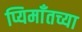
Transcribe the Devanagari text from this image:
प्यिमाँतच्या